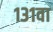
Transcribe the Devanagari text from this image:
१३१वा